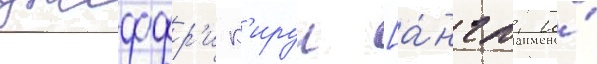
джеффр'и к'ируи [а́нгл. и́